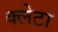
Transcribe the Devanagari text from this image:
क्लेटा